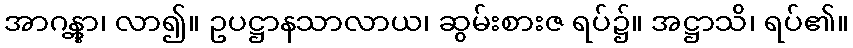
အာဂန္တွာ၊ လာ၍။ ဥပဋ္ဌာနသာလာယ၊ ဆွမ်းစားဇ ရပ်၌။ အဋ္ဌာသိ၊ ရပ်၏။